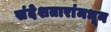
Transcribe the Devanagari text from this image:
संदेशतारांमधून